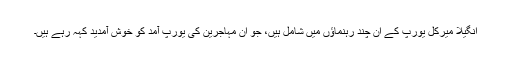
انگیلا میرکل یورپ کے ان چند رہنماؤں میں شامل ہیں، جو ان مہاجرین کی یورپ آمد کو خوش آمدید کہہ رہے ہیں۔